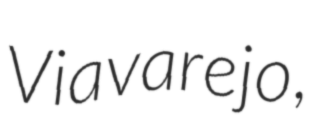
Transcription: Viavarejo,